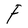
Character: F